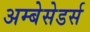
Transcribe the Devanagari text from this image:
अम्बेसेडर्स